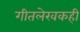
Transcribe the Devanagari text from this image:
गीतलेखकही